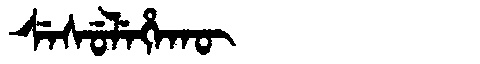
Manchu: ᠰᡝᠰᡠᠯᡝᡥᠠᡴᡡ
Romanization: SESULEHAKŪ